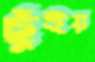
ছুঁইয়